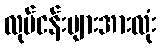
လုပ်ငန်းများအားလုံး